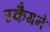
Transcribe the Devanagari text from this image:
स्कैगने